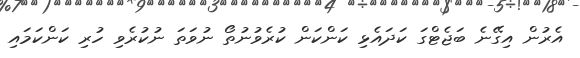
އެރުން އިގޭނެ ބަޖެޓްގަ ކަދައެޅި ކަންކަން ކުރެވުނުތޯ ނުވަތަ ނުކުރެވި ހުރި ކަންކަމައި